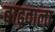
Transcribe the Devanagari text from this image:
बाढ़वाला